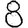
Digit: 8